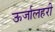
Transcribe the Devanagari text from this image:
ऊर्जालहरी